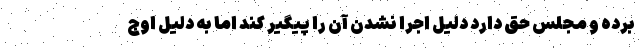
برده و مجلس حق دارد دلیل اجرا نشدن آن را پیگیر کند اما به دلیل اوج